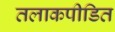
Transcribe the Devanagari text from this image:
तलाकपीडित